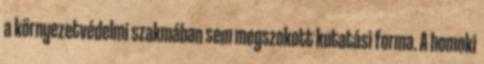
a környezetvédelmi szakmában sem megszokott kutatási forma. A homoki